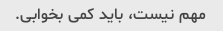
مهم نیست، باید کمی بخوابی.